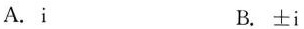
A.i B.±i